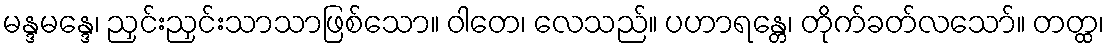
မန္ဒမန္ဒေ၊ ညှင်းညှင်းသာသာဖြစ်သော။ ဝါတေ၊ လေသည်။ ပဟာရန္တေ၊ တိုက်ခတ်လသော်။ တတ္ထ၊